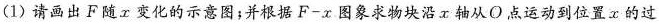
(1)请画出F随x变化的示意图；并根据$$F - x$$图象求物块沿x轴从O点运动到位置x的过